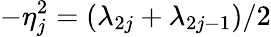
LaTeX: -\eta_{j}^{2}=(\lambda_{2j}+\lambda_{2j-1})/2